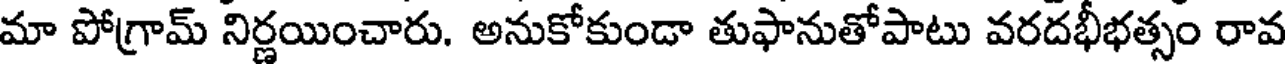
మా పోగ్రామ్ నిర్ణయించారు. అనుకోకుండా తుఫానుతోపాటు వరదభీభత్సం రావ